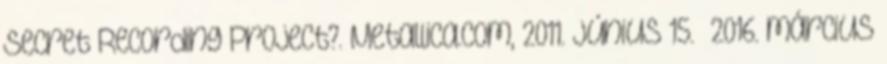
Secret Recording Project?. Metallica.com, 2011. június 15. 2016. március